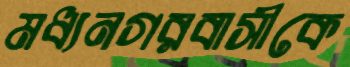
মধ্যনগরবাসীকে